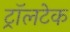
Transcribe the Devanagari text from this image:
ट्रॉलटेक